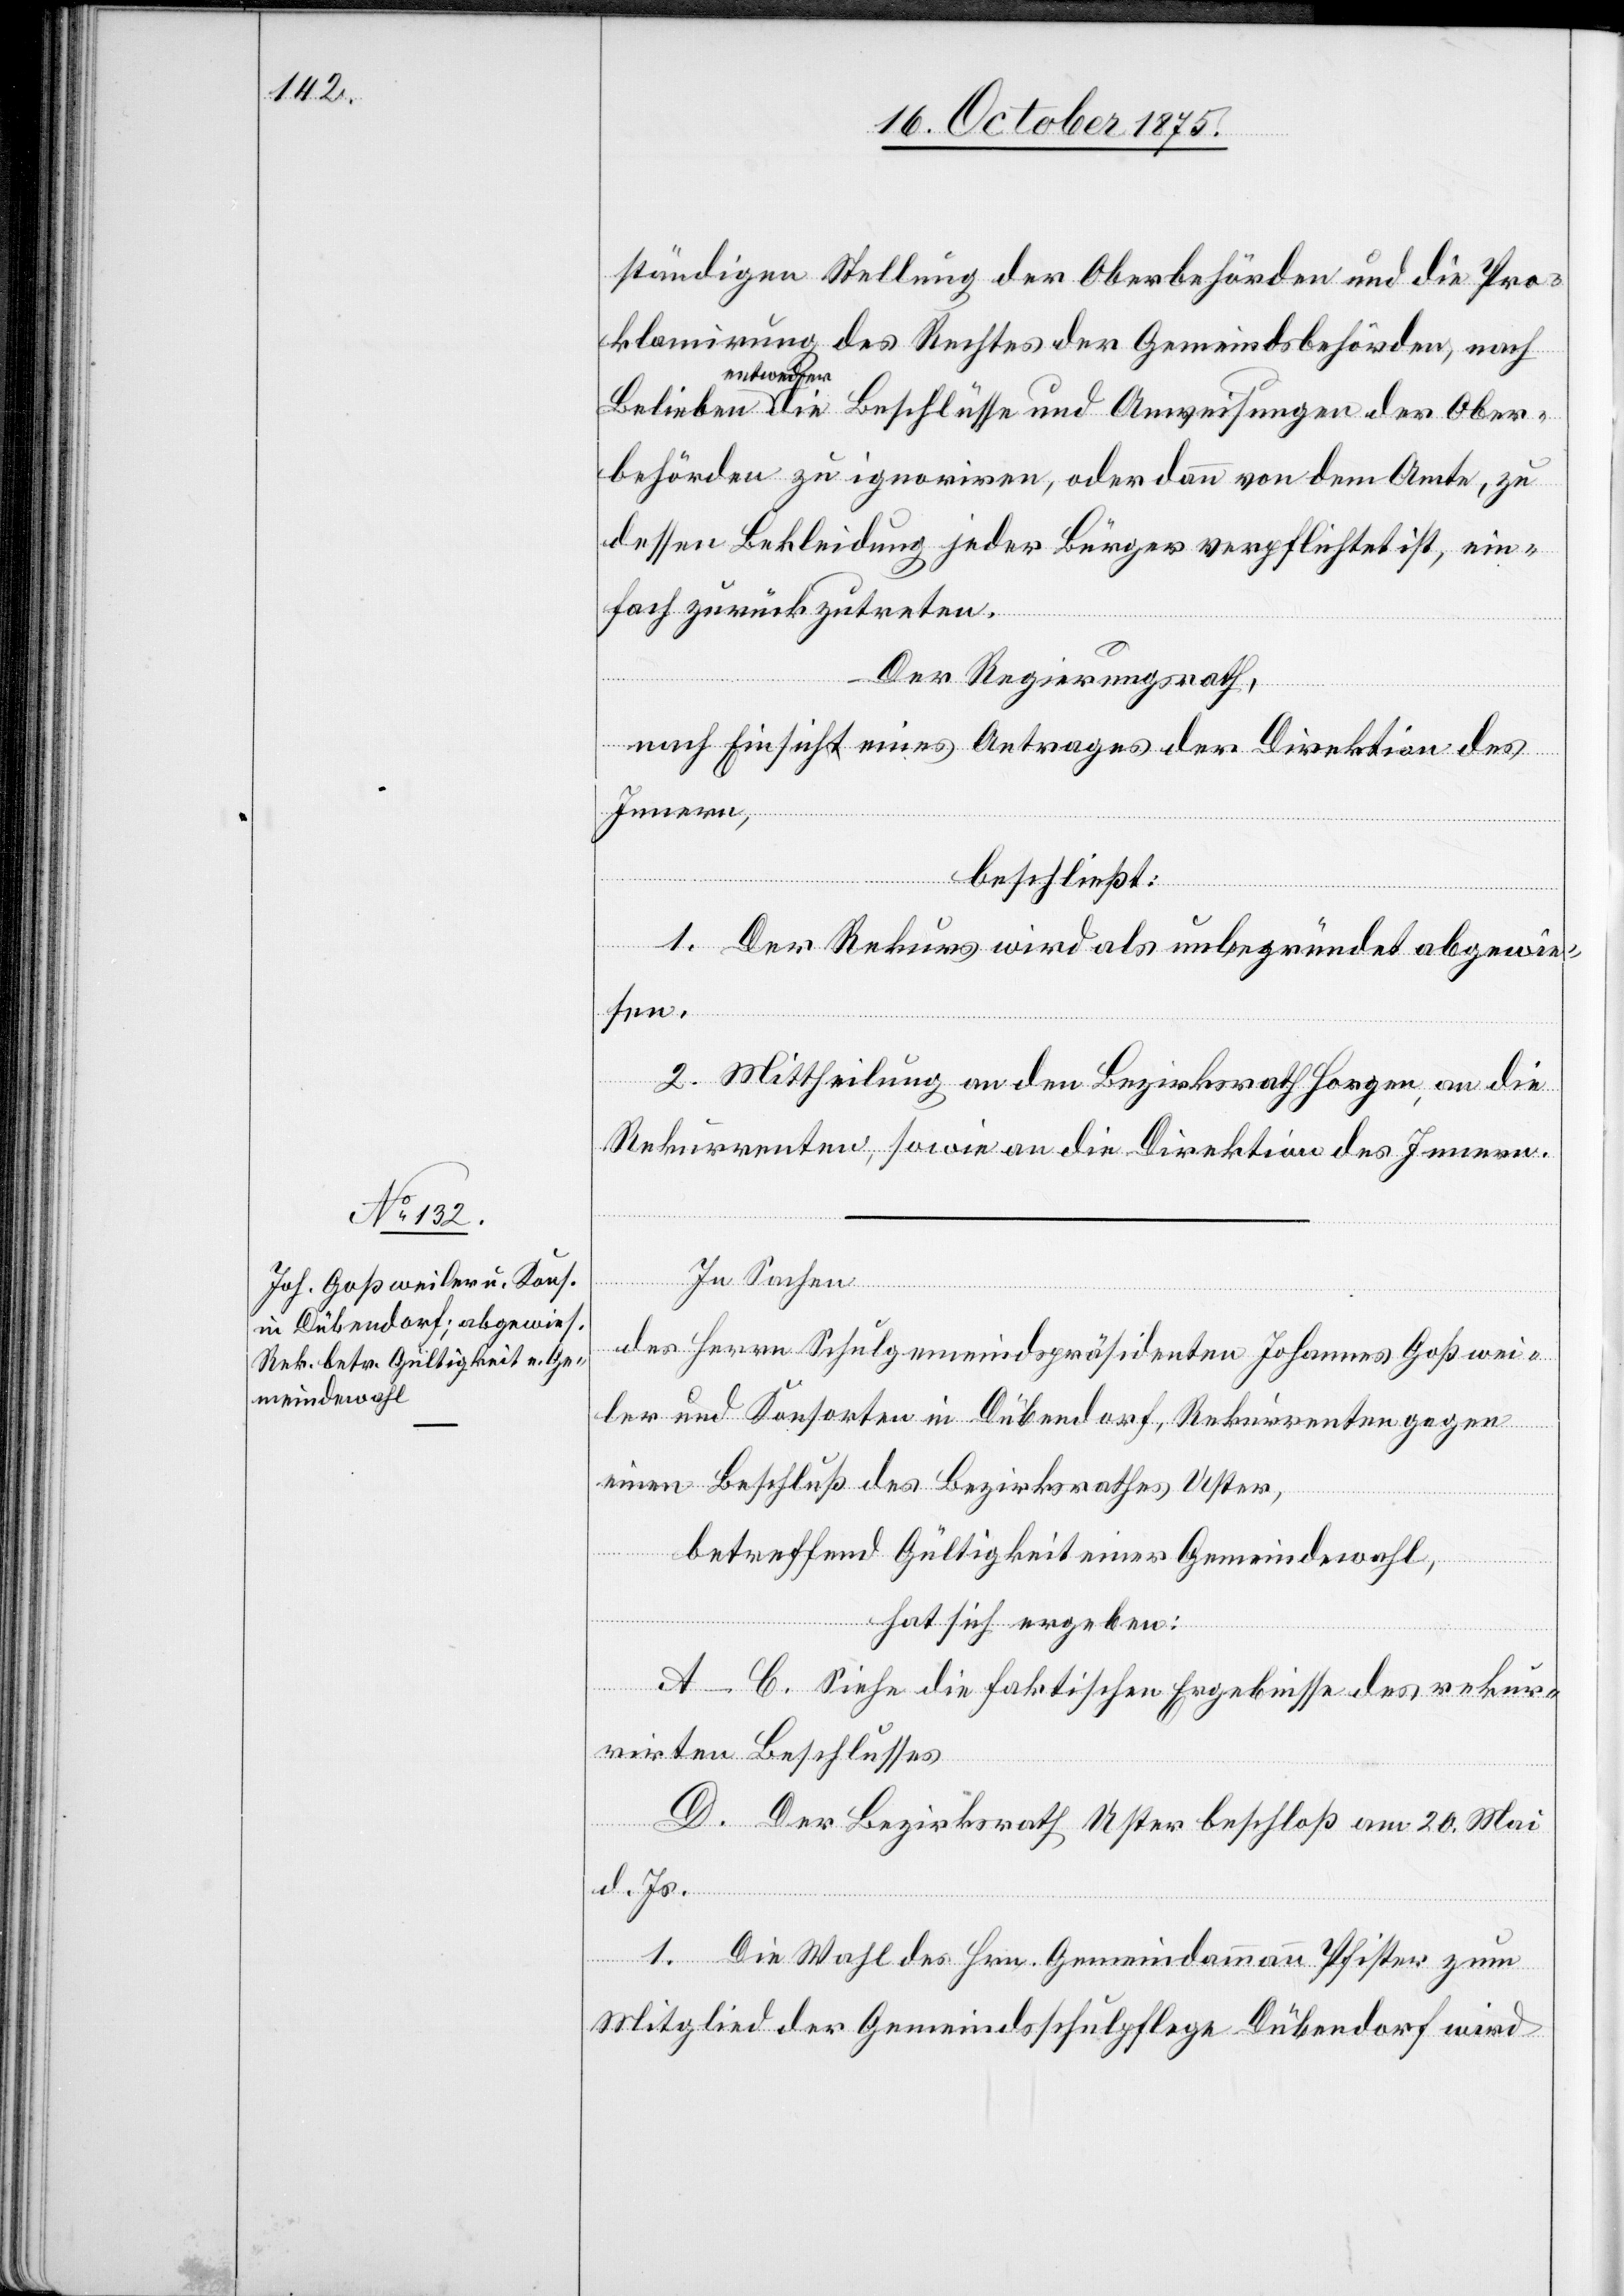
ständigen Stellung der Oberbehörden und die Pro¬
klamirung des Rechtes der Gemeindsbehörden, nach
entweder die Beschlüsse und Anweisungen der Ober¬
behörden zu ignoriren, oder dann von dem Amte, zu
dessen Bekleidung jeder Bürger verpflichtet ist, ein¬
fach zurückzutreten.
Der Regierungsrath,
nach Einsicht eines Antrages der Direktion des
Innern,
beschließt:
1. Der Rekurs wird als unbegründet abgewie¬
sen.
2. Mittheilung an den Bezirksrath Horgen, an die
Rekurrenten, sowie an die Direktion des Innern.
Belieben
In Sachen
des Herrn Schulgemeindspräsidenten Johannes Goßwei¬
ler und Konsorten in Dübendorf, Rekurrenten gegen
einen Beschluß des Bezirksrathes Uster,
betreffend Gültigkeit einer Gemeindewahl,
hat sich ergeben:
A–C. Siehe die faktischen Ergebnisse des rekur¬
rirten Beschlusses[.]
D. Der Bezirksrath Uster beschloß am 20. Mai
d. Js.
1. Die Wahl des Hrn. Gemeindammann Pfister zum
Mitglied der Gemeindsschulpflege Dübendorf wird